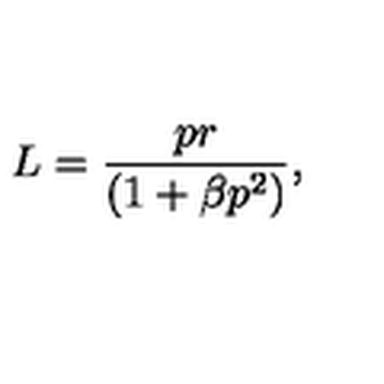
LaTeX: L = \frac { p r } { ( 1 + \beta p ^ { 2 } ) } ,